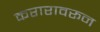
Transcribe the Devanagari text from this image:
करारावरून